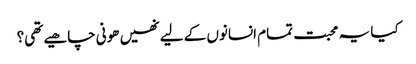
کیا یہ محبت تمام انسانوں کے لیے نھیں ھونی چاھیے تھی؟